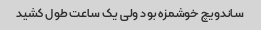
ساندویچ خوشمزه بود ولی یک ساعت طول کشید